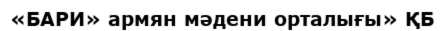
«БАРИ» армян мәдени орталығы» ҚБ